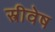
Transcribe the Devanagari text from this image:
स्त्रीवेष